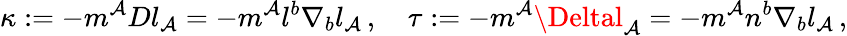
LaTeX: \kappa:=-m^{\mathcal{A}}Dl_{\mathcal{A}}=-m^{\mathcal{A}}l^{b}\nabla_{b}l_{\mathcal{A}}\, ,\quad\tau:=-m^{\mathcal{A}}\Deltal_{\mathcal{A}}=-m^{\mathcal{A}}n^{b}\nabla_{b}l_{\mathcal{A}}\, ,